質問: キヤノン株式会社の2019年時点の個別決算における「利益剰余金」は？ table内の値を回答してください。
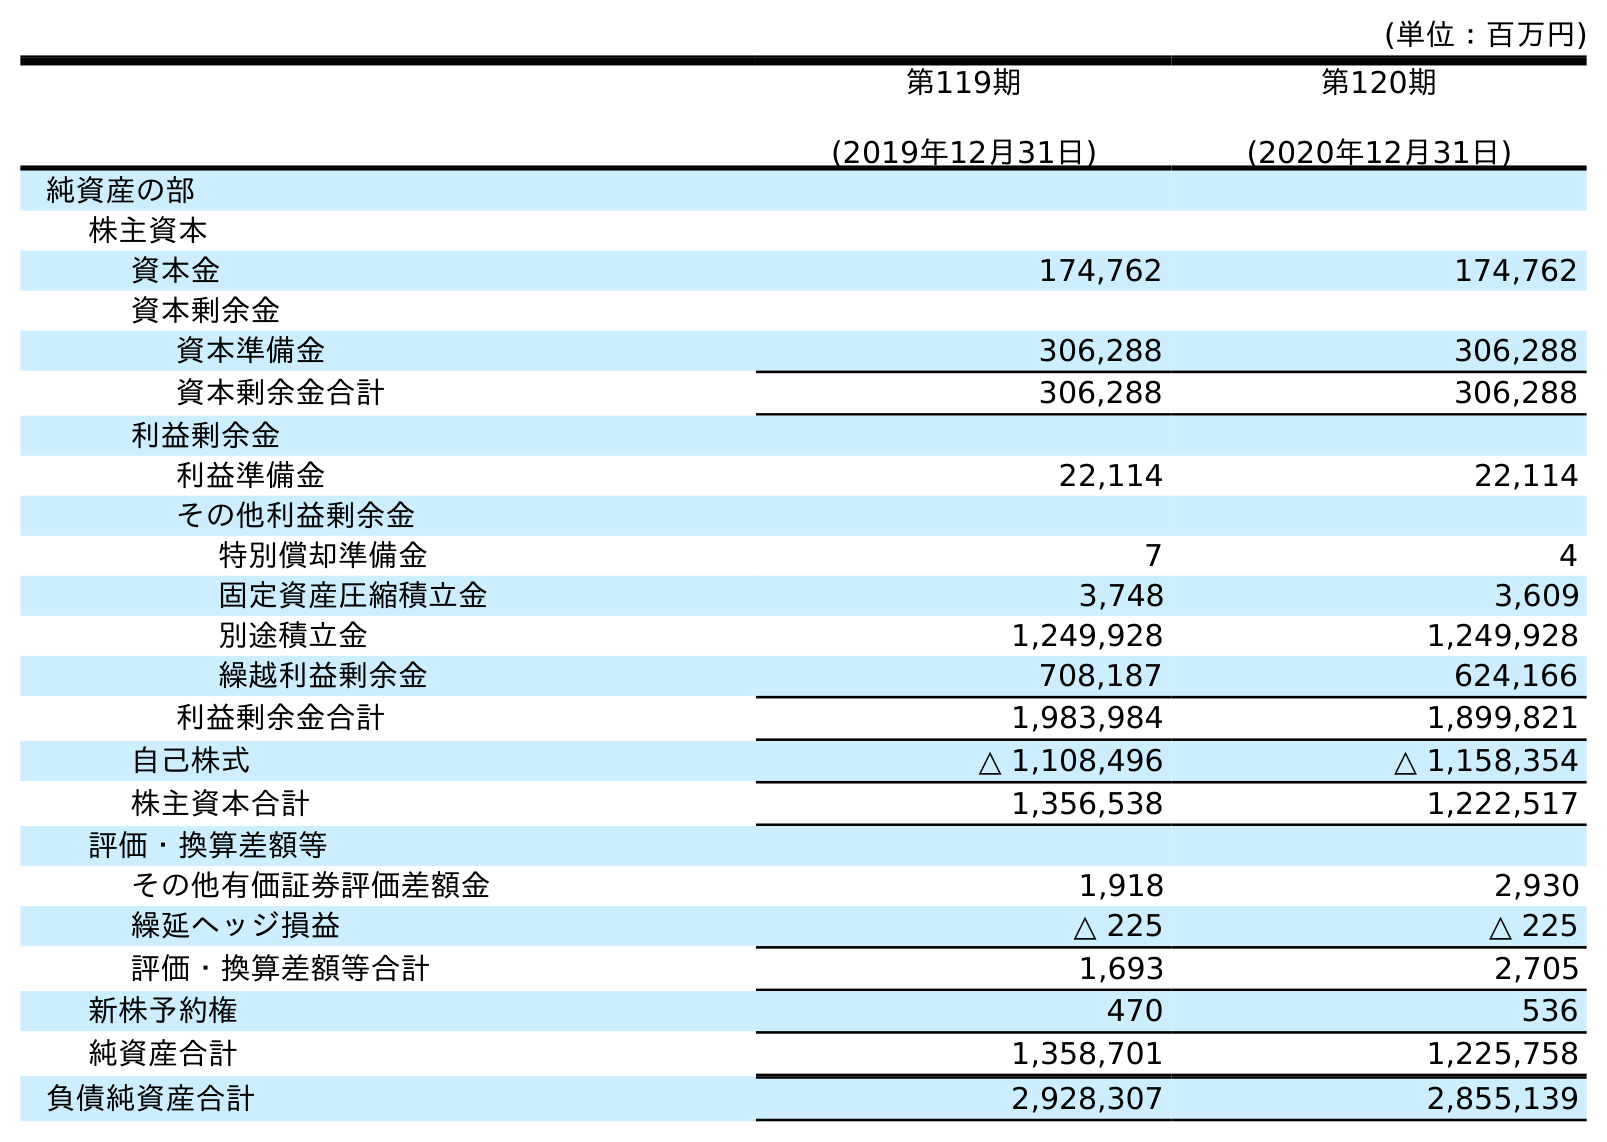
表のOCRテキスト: (単位：百万円) 第119期 (2019年12月31日) 第120期 (2020年12月31日) 純資産の部 株主資本 資本金 174,762 174,762 資本剰余金 資本準備金 306,288 306,288 資本剰余金合計 306,288 306,288 利益剰余金 利益準備金 22,114 22,114 その他利益剰余金 特別償却準備金 7 4 固定資産圧縮積立金 3,748 3,609 別途積立金 1,249,928 1,249,928 繰越利益剰余金 708,187 624,166 利益剰余金合計 1,983,984 1,899,821 自己株式 △ 1,108,496 △ 1,158,354 株主資本合計 1,356,538 1,222,517 評価・換算差額等 その他有価証券評価差額金 1,918 2,930 繰延ヘッジ損益 △ 225 △ 225 評価・換算差額等合計 1,693 2,705 新株予約権 470 536 純資産合計 1,358,701 1,225,758 負債純資産合計 2,928,307 2,855,139
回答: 1,983,984